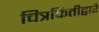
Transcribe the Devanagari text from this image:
चित्रफितीद्वारे